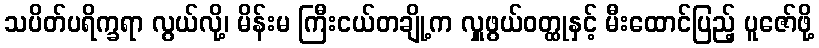
သပိတ်ပရိက္ခရာ လွယ်လို့၊ မိန်းမ ကြီးငယ်တချို့က လှူဖွယ်ဝတ္ထုနှင့် မီးထောင်ပြည့် ပူဇော်ဖို့